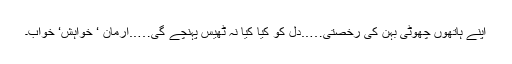
اپنے ہاتھوں چھوٹی بہن کی رخصتی…..دل کو کیا کیا نہ ٹھیس پہنچے گی…..ارمان ‘ خواہش‘ خواب۔